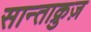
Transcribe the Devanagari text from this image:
सान्ताक्रुज़